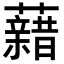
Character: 𧃫